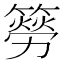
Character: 簩